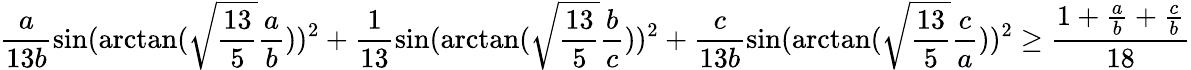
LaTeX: \frac{a}{13b}\sin(\arctan(\sqrt{\frac{13}{5}}\frac{a}{b}))^{2}+\frac{1}{13}\sin(\arctan(\sqrt{\frac{13}{5}}\frac{b}{c}))^{2}+\frac{c}{13b}\sin(\arctan(\sqrt{\frac{13}{5}}\frac{c}{a}))^{2}\geq\frac{1+\frac{a}{b}+\frac{c}{b}}{18}